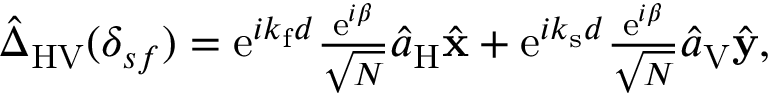
\begin{array} { r } { \hat { \Delta } _ { \mathrm { H V } } ( \delta _ { s f } ) = \mathrm { e } ^ { i k _ { \mathrm { f } } d } \frac { \mathrm { e } ^ { i \beta } } { \sqrt { N } } \hat { a } _ { \mathrm { H } } \hat { \bf x } + \mathrm { e } ^ { i k _ { \mathrm { s } } d } \frac { \mathrm { e } ^ { i \beta } } { \sqrt { N } } \hat { a } _ { \mathrm { V } } \hat { \bf y } , } \end{array}